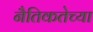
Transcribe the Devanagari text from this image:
नैतिकतेच्या